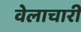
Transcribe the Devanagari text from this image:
वेलाचारी